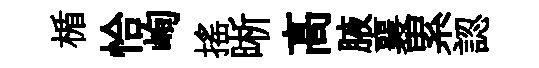
楯恰峋搖晰髙腋襄累認